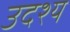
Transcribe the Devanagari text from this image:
उदश्य